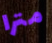
مترا